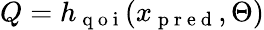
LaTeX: Q=h_{\mathrm{~q~o~i~}}(x_{\mathrm{~p~r~e~d~}},\Theta)